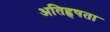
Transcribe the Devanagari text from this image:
अतिहृषता